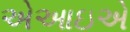
એઆઇએ